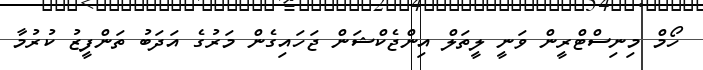
ހޯމް މިނިސްޓްރީން ވަނީ ލީތަލް އިންޖެކްޝަން ޖަހައިގެން މަރުގެ އަދަބު ތަންފީޒު ކުރުމާ